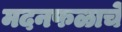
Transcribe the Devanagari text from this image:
मदनफळाचे